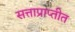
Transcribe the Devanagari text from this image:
सत्ताप्राप्तीत